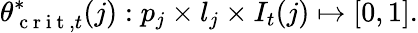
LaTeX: \theta_{\mathrm{~c~r~i~t~},t}^{*}(j):p_{j}\times l_{j}\times I_{t}(j)\mapsto[0,1].